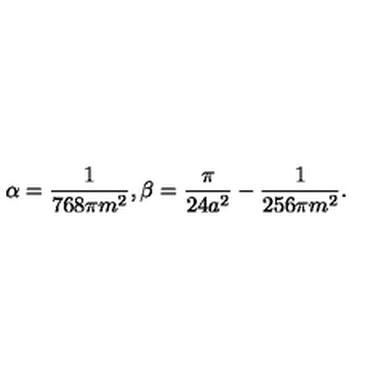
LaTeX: \alpha = \frac { 1 } { 7 6 8 \pi m ^ { 2 } } , \beta = \frac { \pi } { 2 4 a ^ { 2 } } - \frac { 1 } { 2 5 6 \pi m ^ { 2 } } .